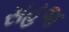
સહજ